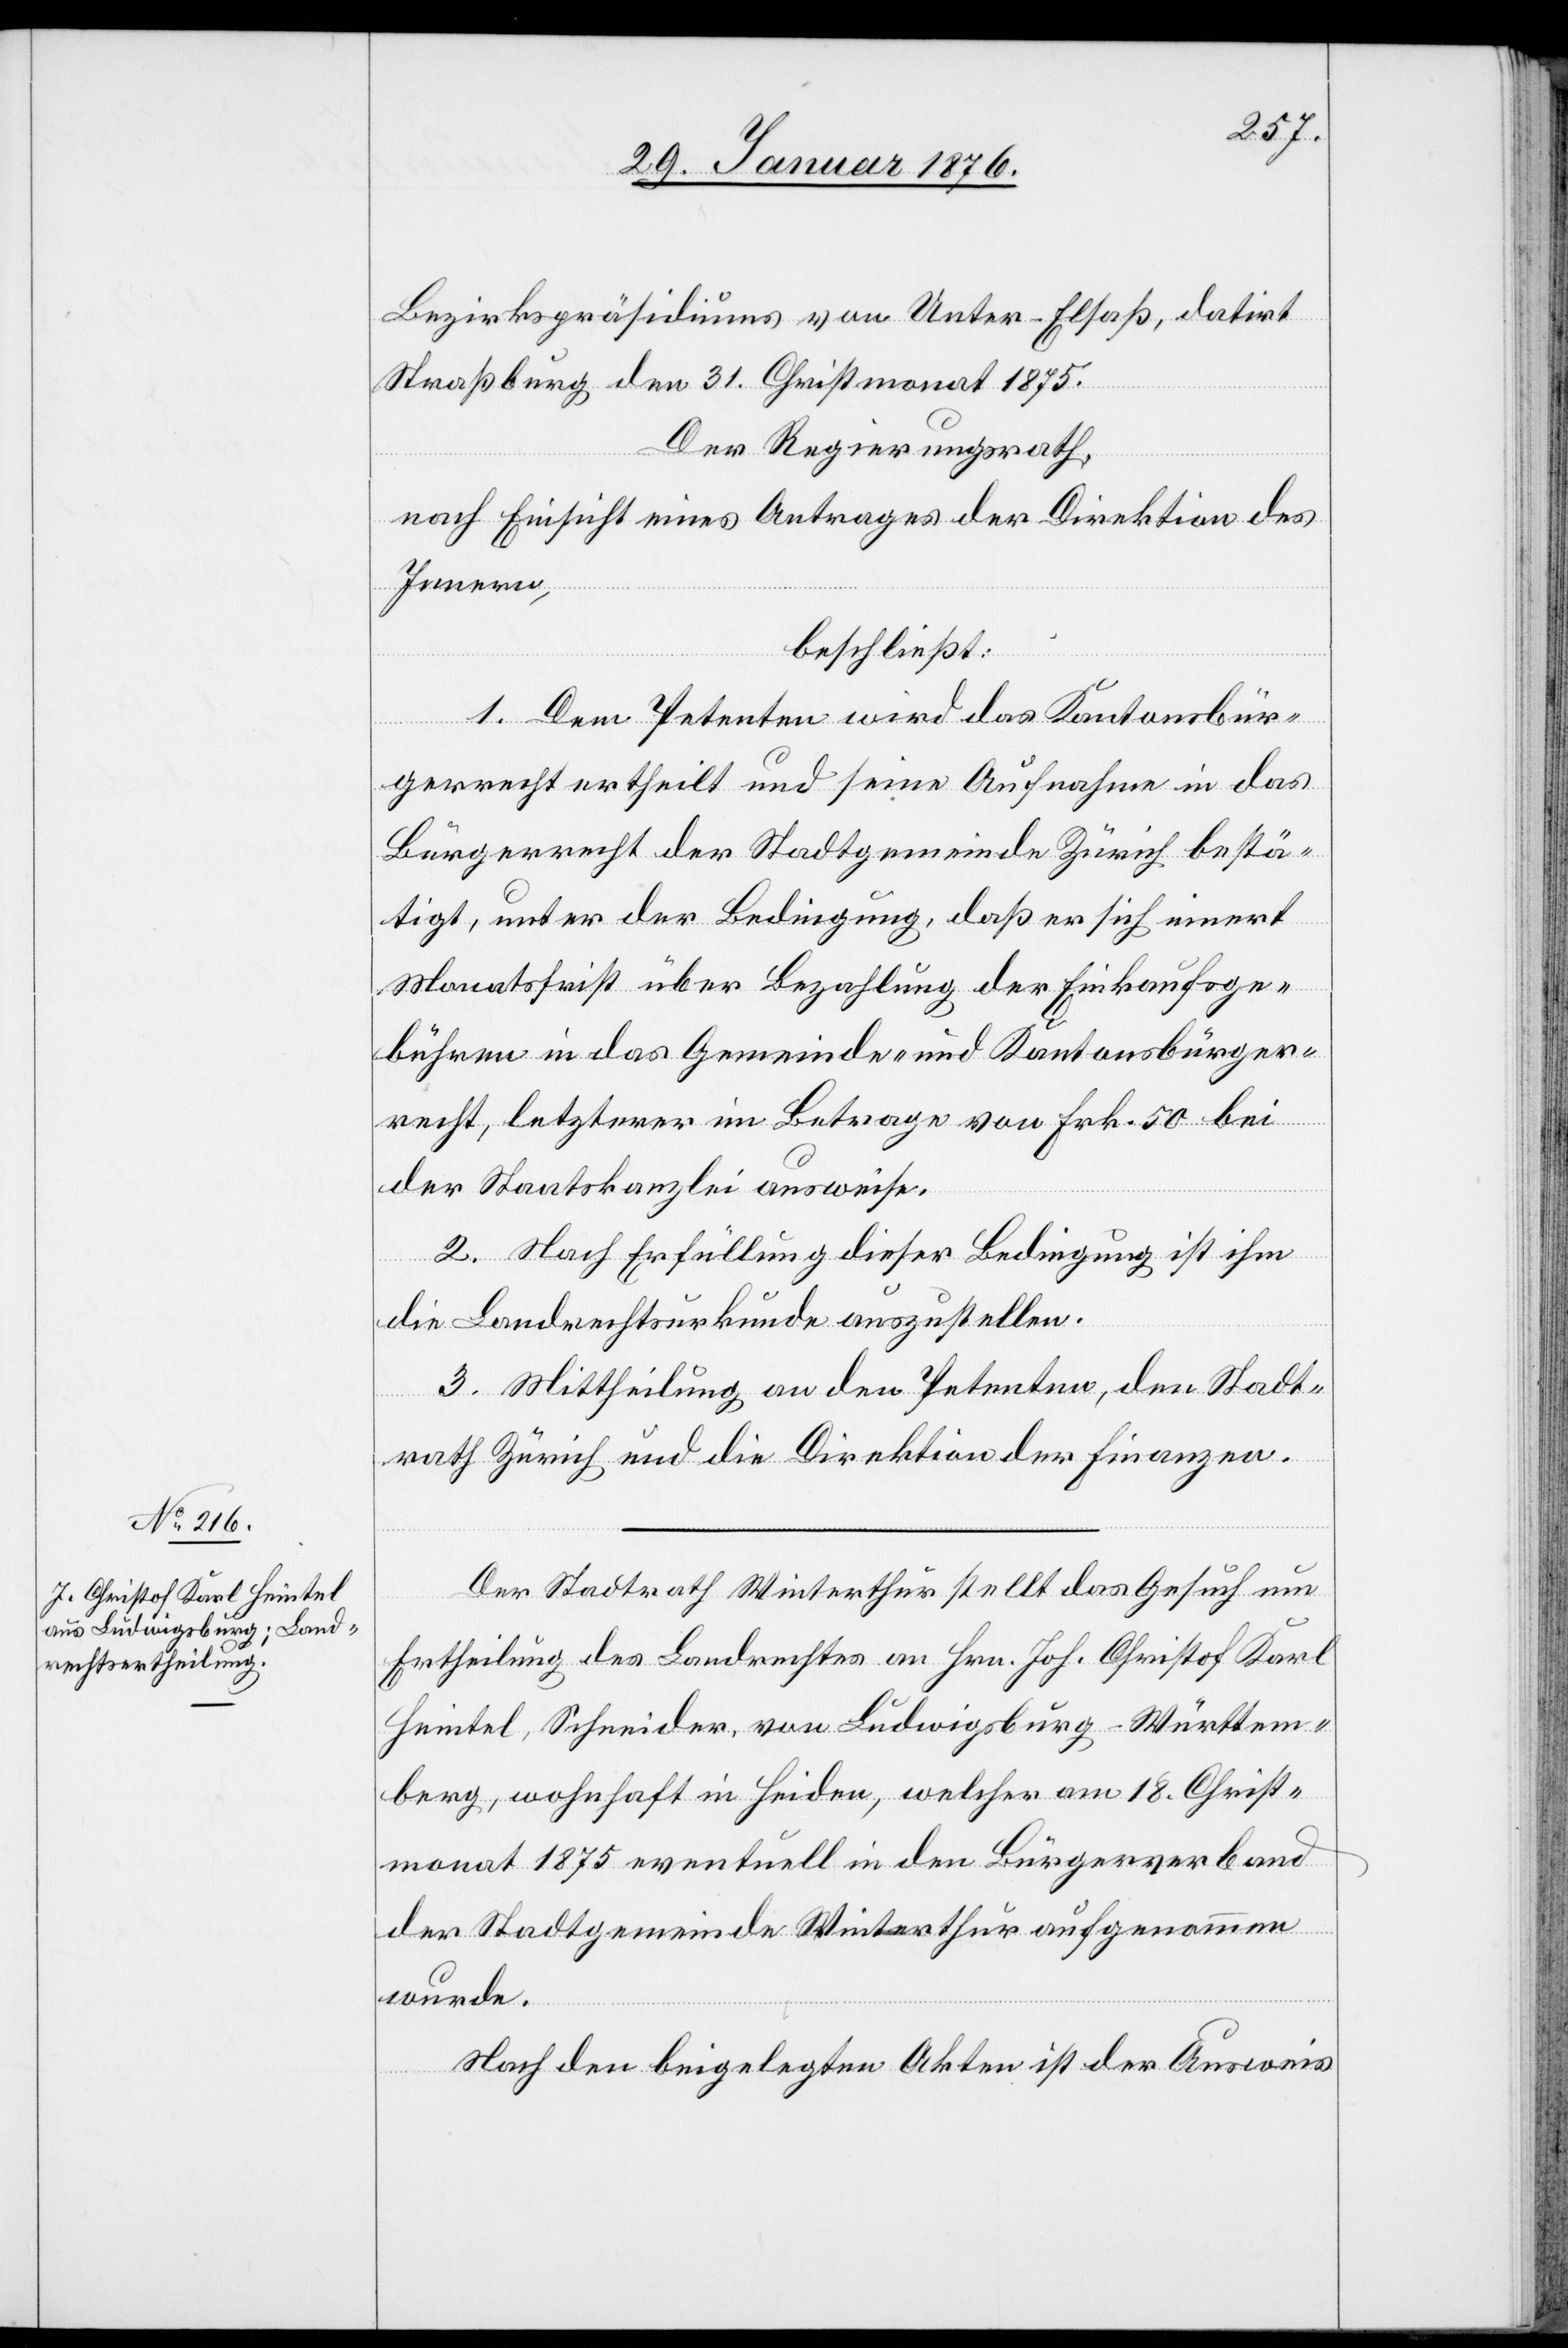
Der Stadtrath Winterthur stellt das Gesuch um
Ertheilung des Landrechtes an Hrn. Joh. Christof Karl
Heintel, Schneider, von Ludwigsburg-Württem¬
berg, wohnhaft in Heiden, welcher am 18. Christ¬
monat 1875 eventuell in den Bürgerverband
der Stadtgemeinde Winterthur aufgenommen
wurde.
Nach den beigelegten Akten ist der Ausweis